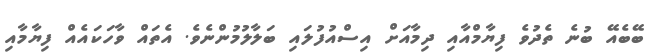
ބޭބެއޭ ބުނެ ތެދުވެ ފިޔާމްއާއި ދިމާއަށް އިސްއުފުލައި ބަލާލުމުންނެވެ. އެތައް ވާހަކައެއް ފިޔާމާއި